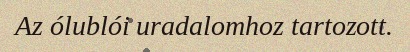
Az ólublói uradalomhoz tartozott.